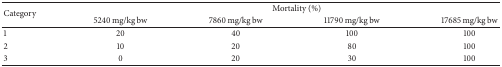
<table><thead><tr><td rowspan="2"><b>Category</b></td><td colspan="4"><b>Mortality (%)</b></td></tr><tr><td><b>5240 mg/kg bw</b></td><td><b>7860 mg/kg bw</b></td><td><b>11790 mg/kg bw</b></td><td><b>17685 mg/kg bw</b></td></tr></thead><tbody><tr><td>1</td><td>20</td><td>40</td><td>100</td><td>100</td></tr><tr><td>2</td><td>10</td><td>20</td><td>80</td><td>100</td></tr><tr><td>3</td><td>0</td><td>20</td><td>30</td><td>100</td></tr></tbody></table>